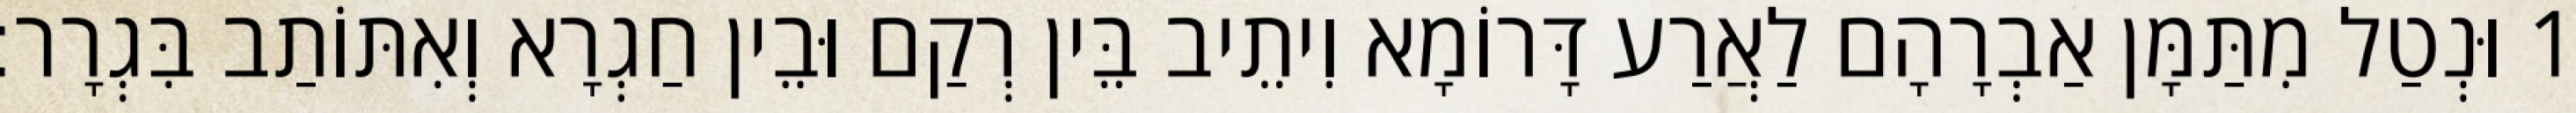
1 וּנְטַל מִתַּמָּן אַבְרָהָם לַאֲרַע דָּרוֹמָא וִיתֵיב בֵּין רְקַם וּבֵין חַגְרָא וְאִתּוֹתַב בִּגְרָר׃